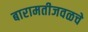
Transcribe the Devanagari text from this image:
बारामतीजवळचे